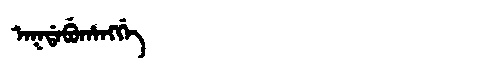
Manchu: ᠠᡴᡩᠠᠪᡠᡥᠠᠩᡤᡝ
Romanization: AKDABUHANGGE